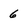
Character: 6